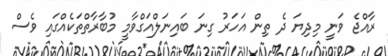
ރާއްޖެ ވަނީ މިދިޔަ ދެ ތިން އަހަރު ގިނަ ބައިނަލްއަގްވާމީ މުބާރާތްތަކެއްގައި ވެސް